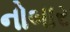
નોબાર